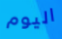
اليوم